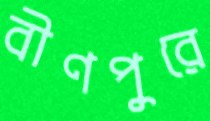
বীণপুরে